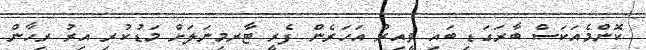
ކޮންމެއަކަސް ބާރަގަޑި ބައި ވީއިރު އަހަރެން ފެރީ ޓާރމިނަލަށް މަޑުކުރި އިރު ރިހާން